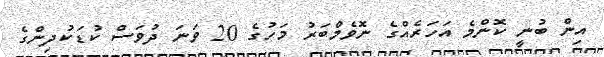
އިން ބުނީ ކޮންމެ އަހަރެއްގެ ނޮވެމްބަރު މަހުގެ 20 ވަނަ ދުވަސް ކުޑަކުދިންގެ